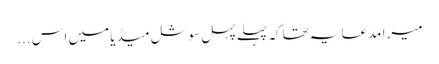
میرا مدعا یہ تھاکہ پہلے پہل سوشل میڈیا میں اس ...